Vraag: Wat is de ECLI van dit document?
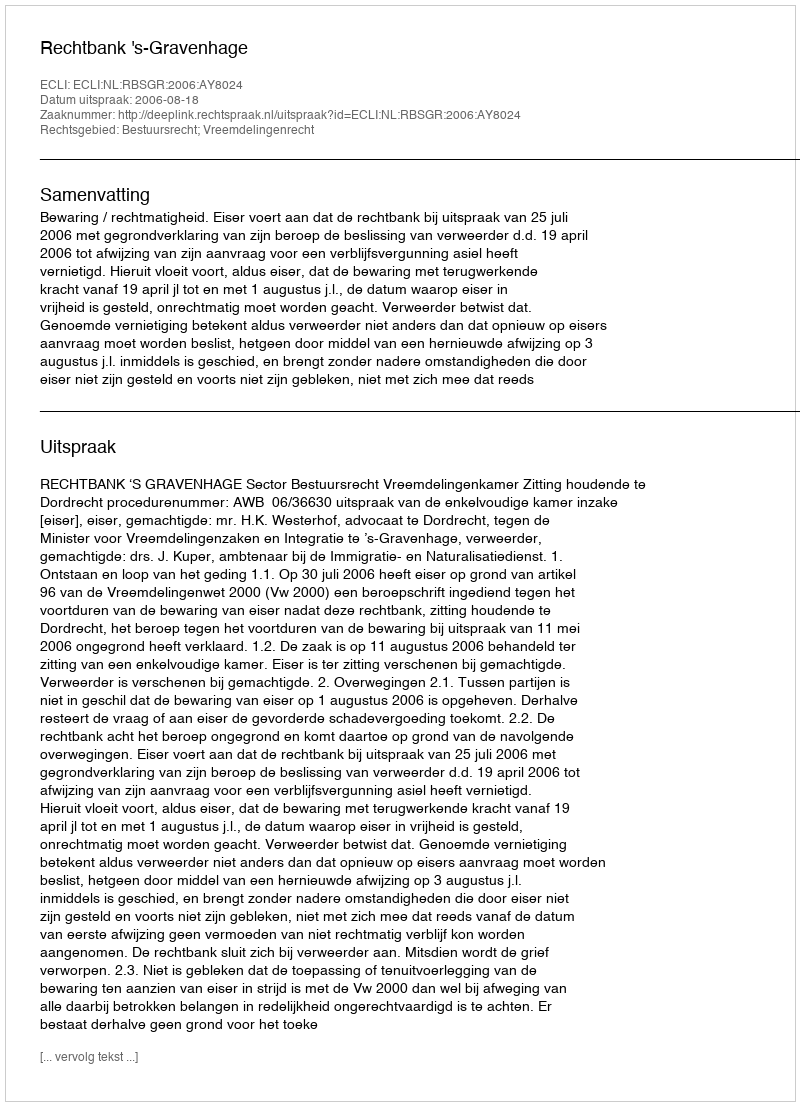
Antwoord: ECLI:NL:RBSGR:2006:AY8024